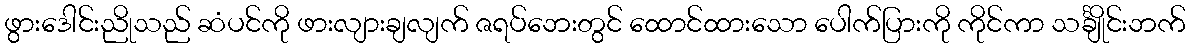
ဖွားဒေါင်းညိုသည် ဆံပင်ကို ဖားလျားချလျက် ဇရပ်ဘေးတွင် ထောင်ထားသော ပေါက်ပြားကို ကိုင်ကာ သင်္ချိုင်းဘက်